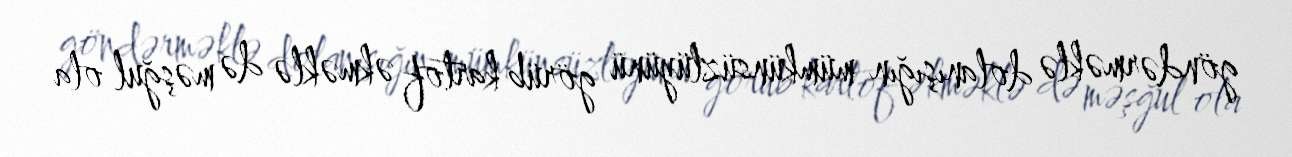
göndərməklə dolanışığın mümkünsüzlüyünü görüb kartof əkməklə də məşğul ola